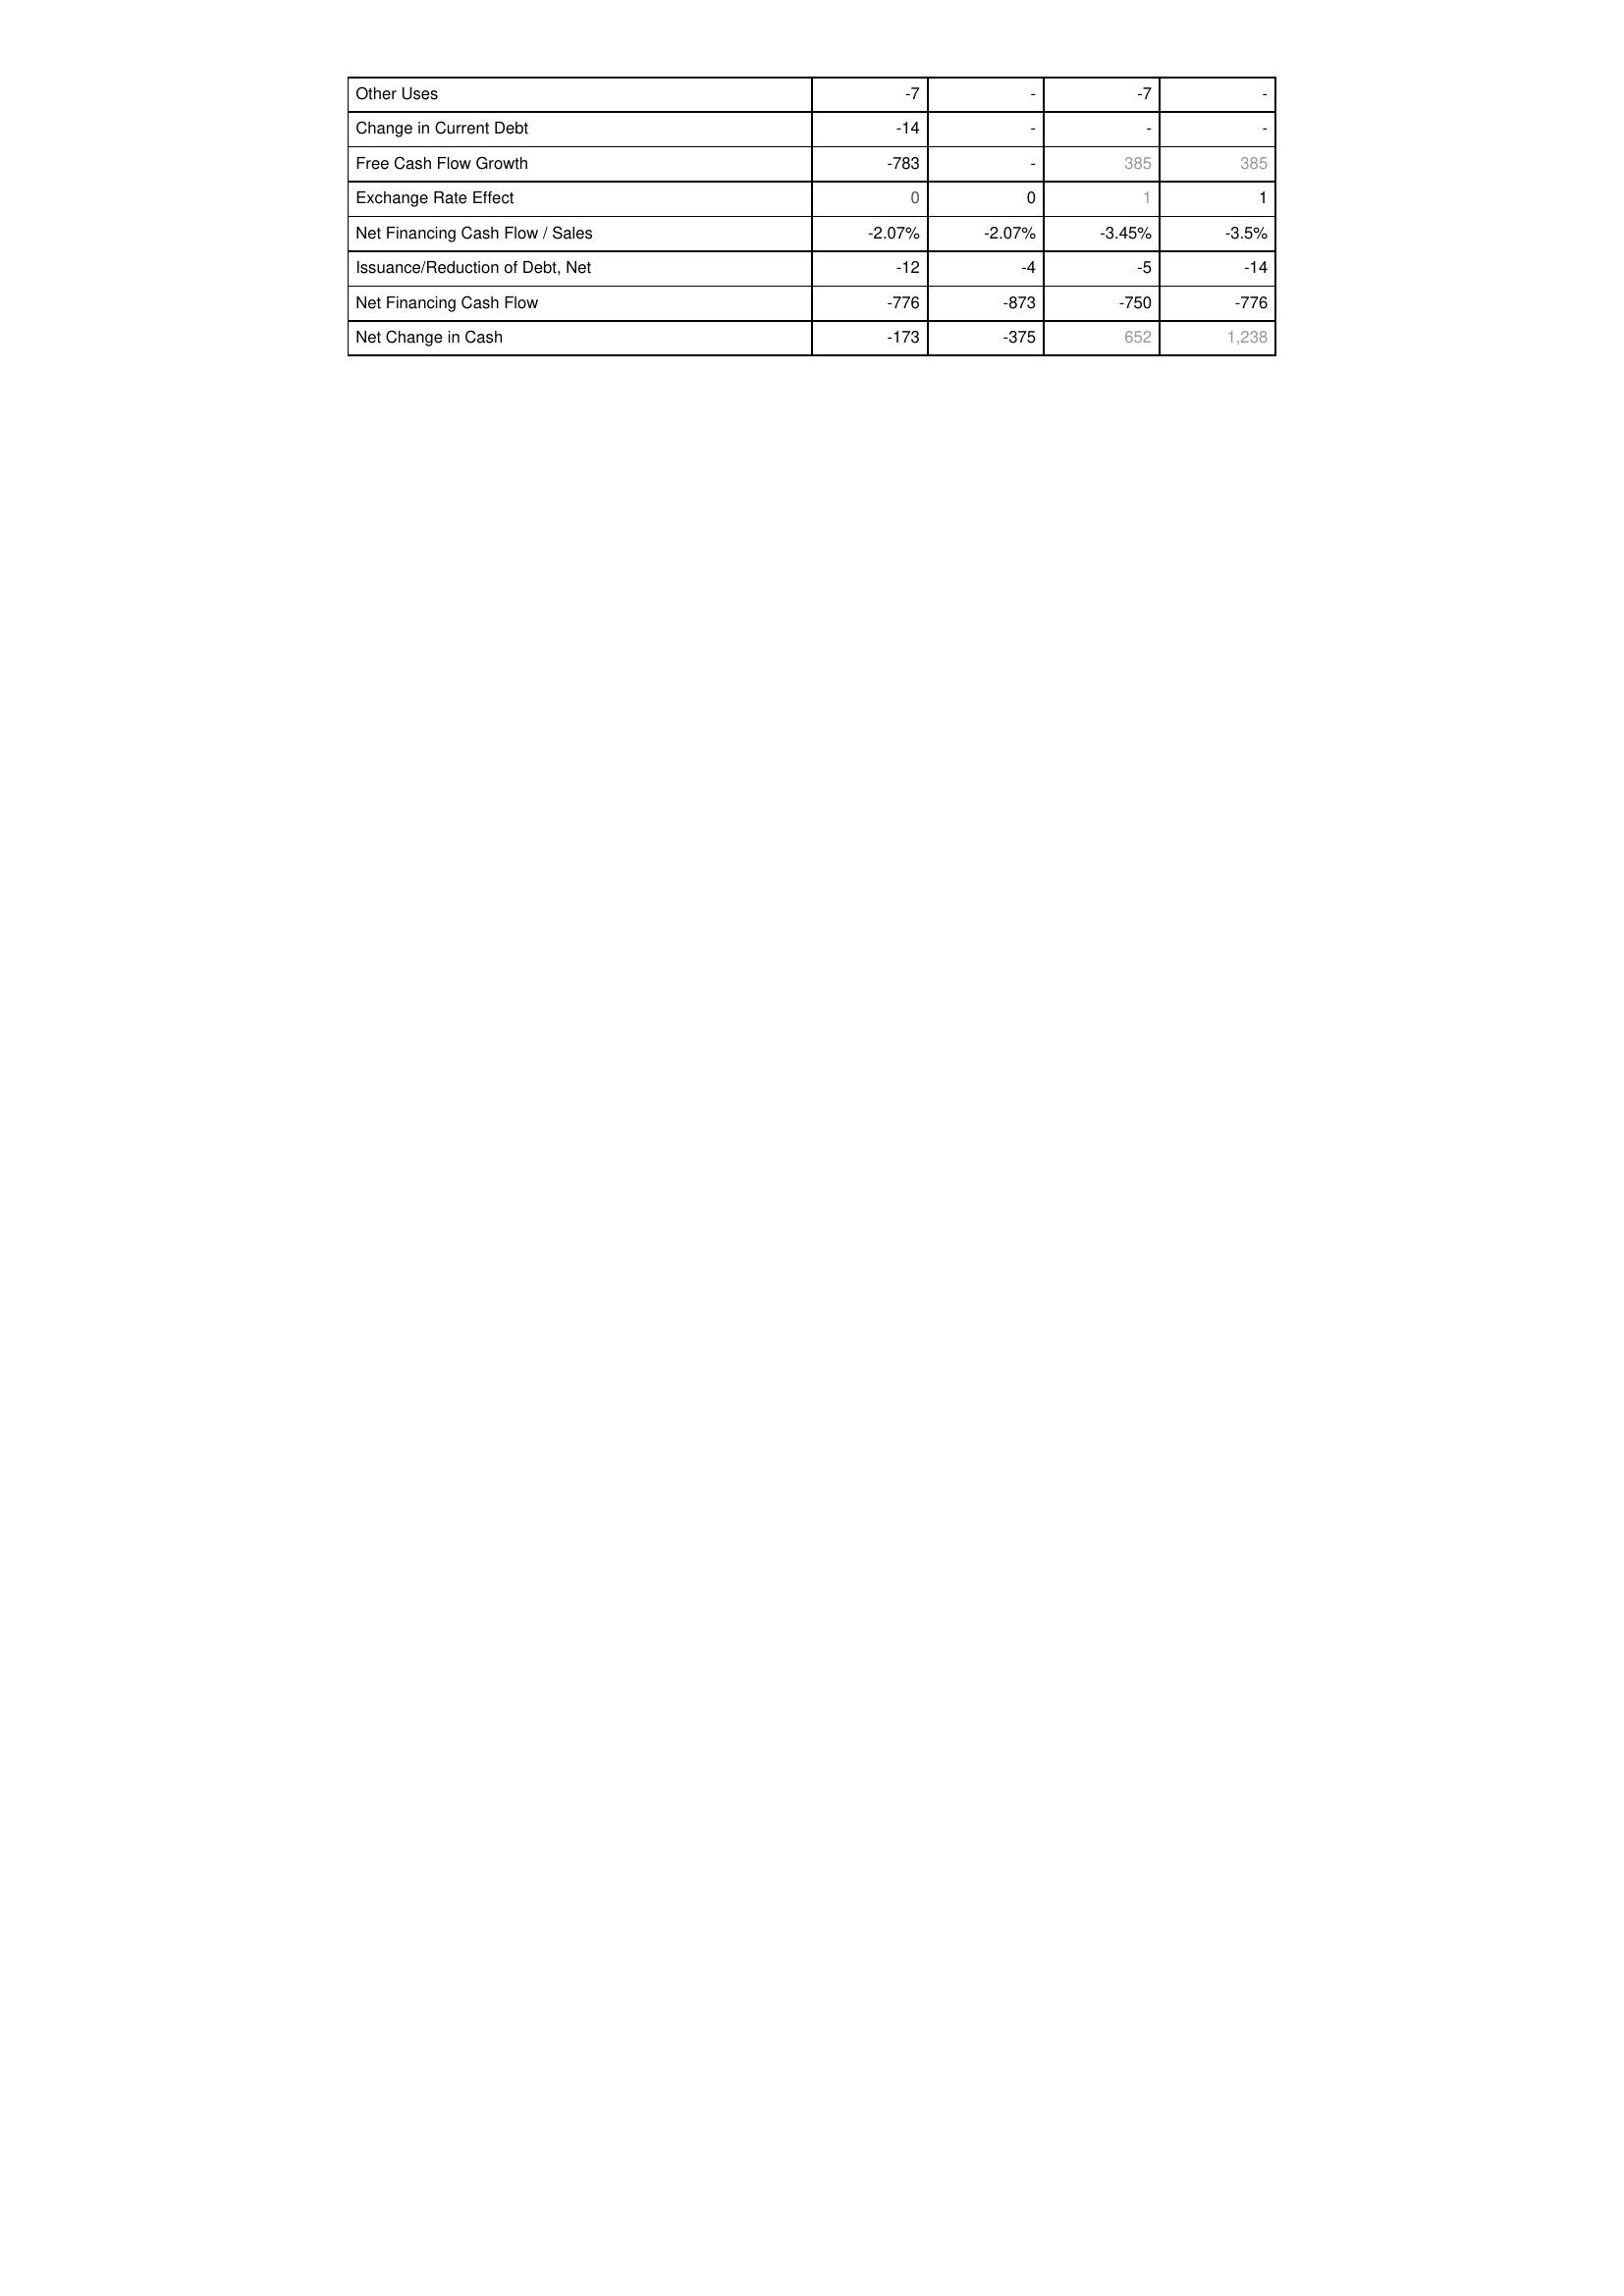
2011: Financing Activities: Other Uses: -7
Change in Current Debt: -14
Free Cash Flow Growth: -783
Exchange Rate Effect: 0
Net Financing Cash Flow / Sales: -2.07%
Issuance/Reduction of Debt, Net: -12
Net Financing Cash Flow: -776
Net Change in Cash: -173
2012: Financing Activities: Other Uses: -
Change in Current Debt: -
Free Cash Flow Growth: -
Exchange Rate Effect: 0
Net Financing Cash Flow / Sales: -2.07%
Issuance/Reduction of Debt, Net: -4
Net Financing Cash Flow: -873
Net Change in Cash: -375
2013: Financing Activities: Other Uses: -7
Change in Current Debt: -
Free Cash Flow Growth: 385
Exchange Rate Effect: 1
Net Financing Cash Flow / Sales: -3.45%
Issuance/Reduction of Debt, Net: -5
Net Financing Cash Flow: -750
Net Change in Cash: 652
2014: Financing Activities: Other Uses: -
Change in Current Debt: -
Free Cash Flow Growth: 385
Exchange Rate Effect: 1
Net Financing Cash Flow / Sales: -3.5%
Issuance/Reduction of Debt, Net: -14
Net Financing Cash Flow: -776
Net Change in Cash: 1,238